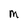
Character: M